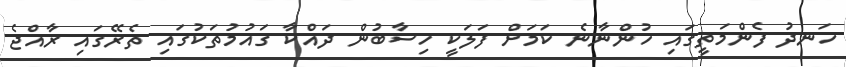
ހަނދު ފެންމަތީގައި ހުންނާނެ ކަމަށް ފަލަކީ ހިސާބުން ދައްކާ ގައުމުުތަކުގައި ތެރޭގައި ރާއްޖެ